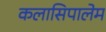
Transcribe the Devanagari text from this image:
कलासिपालेम